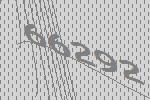
66292